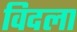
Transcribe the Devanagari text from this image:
विदला